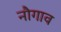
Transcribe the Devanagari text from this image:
नौगाव